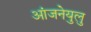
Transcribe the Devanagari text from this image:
आंजनेयुलु